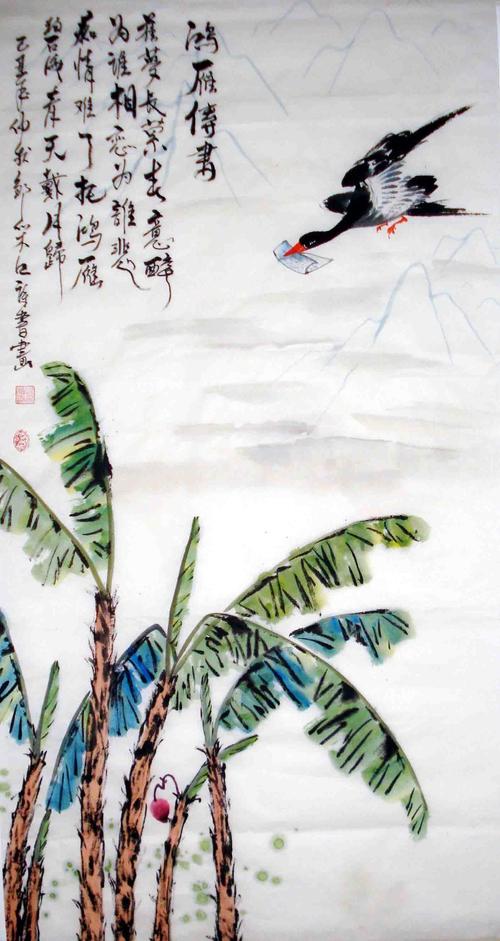
鸿雁来时，无限思量。